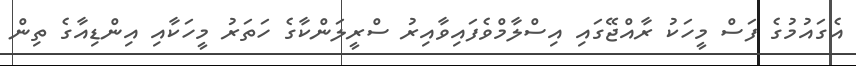
އެގައުމުގެ ފަސް މީހަކު ރާއްޖޭގައި އިސްލާމްވެފައިވާއިރު ސްރީލަންކާގެ ހަތަރު މީހަކާއި އިންޑިއާގެ ތިން